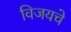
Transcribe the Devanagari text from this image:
विजयचे